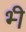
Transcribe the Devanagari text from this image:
भ्‍ी